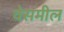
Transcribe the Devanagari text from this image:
वेसमील